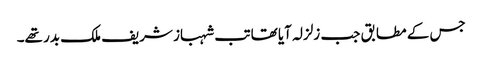
جس کے مطابق جب زلزلہ آیا تھا تب شہباز شریف ملک بدر تھے۔